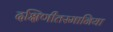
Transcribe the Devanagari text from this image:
दक्षिणीतस्मानिया